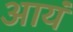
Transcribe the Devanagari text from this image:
आयं